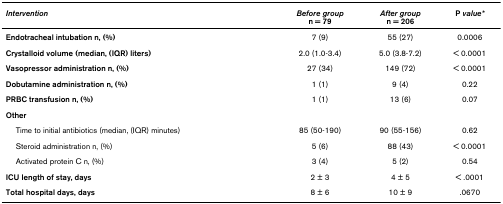
| Intervention | Before groupn = 79 | After groupn = 206 | P value* |
 | --- | --- | --- | --- |
 | Endotracheal intubation n, (%) | 7 (9) | 55 (27) | 0.0006 |
 | Crystalloid volume (median, (IQR) liters) | 2.0 (1.0-3.4) | 5.0 (3.8-7.2) | < 0.0001 |
 | Vasopressor administration n, (%) | 27 (34) | 149 (72) | < 0.0001 |
 | Dobutamine administration n, (%) | 1 (1) | 9 (4) | 0.22 |
 | PRBC transfusion n, (%) | 1 (1) | 13 (6) | 0.07 |
 | Other |  |  |  |
 | Time to initial antibiotics (median, (IQR) minutes) | 85 (50-190) | 90 (55-156) | 0.62 |
 | Steroid administration n, (%) | 5 (6) | 88 (43) | < 0.0001 |
 | Activated protein C n, (%) | 3 (4) | 5 (2) | 0.54 |
 | ICU length of stay, days | 2 ± 3 | 4 ± 5 | < .0001 |
 | Total hospital days, days | 8 ± 6 | 10 ± 9 | .0670 |